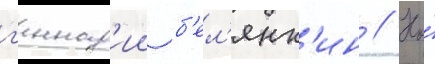
г'еннад'ии б'ел'янк'ин // Но́